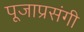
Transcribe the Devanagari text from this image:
पूजाप्रसंगी